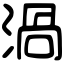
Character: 渦